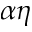
\alpha \eta